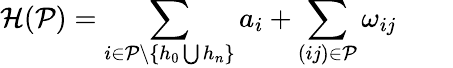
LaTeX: \mathcal H(\mathcal P)=\sum_{i\in\mathcal P\setminus\{ h_{0}\bigcup h_{n}\} }a_{i}+\sum_{(ij)\in\mathcal P}\omega_{ij}\qquad